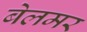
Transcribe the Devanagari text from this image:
बेलमर